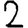
Digit: 2